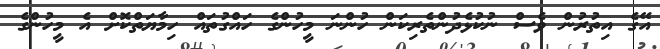
އޭގެ އިތުރުން ވެސް ނުކުޅެދުންތެރިކަން ހުންނަ މީހުންގެ ހައްގުތައް ހިމާޔަތްކޮށް އެ މީހުންގެ